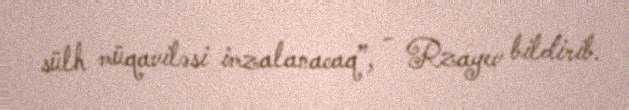
sülh müqaviləsi imzalanacaq”, - Rzayev bildirib.